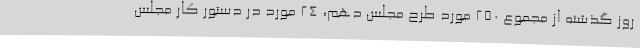
روز گذشته از مجموع 250 مورد طرح مجلس دهم، 24 مورد در دستور کار مجلس